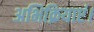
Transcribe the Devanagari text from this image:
अभिक्रियाएं।